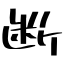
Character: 断